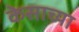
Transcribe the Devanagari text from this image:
केसाच्या